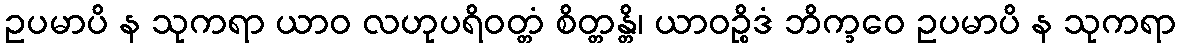
ဥပမာပိ န သုကရာ ယာဝ လဟုပရိဝတ္တံ စိတ္တန္တိ၊ ယာဝဉ္စိဒံ ဘိက္ခဝေ ဥပမာပိ န သုကရာ